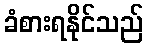
ခံစားရနိုင်သည်